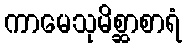
ကာမေသုမိစ္ဆာစာရံ